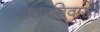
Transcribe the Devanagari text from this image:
असमनिवासी